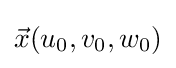
{\vec {x}}(u_{0},v_{0},w_{0})